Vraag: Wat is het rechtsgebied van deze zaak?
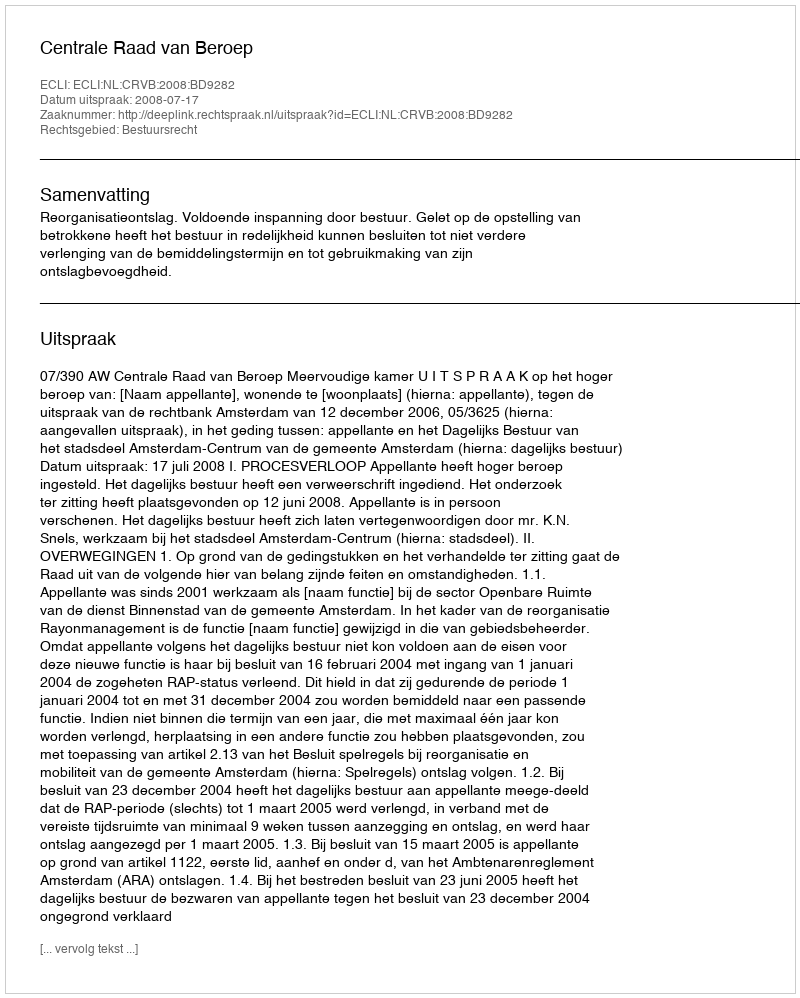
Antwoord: Bestuursrecht